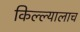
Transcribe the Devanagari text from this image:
किल्ल्यालाच